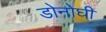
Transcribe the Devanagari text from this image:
डोनोघी